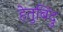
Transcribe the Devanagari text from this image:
हेतुबिंदु